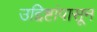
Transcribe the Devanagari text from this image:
उद्दिष्टांपासून